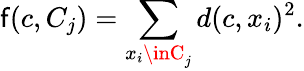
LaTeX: \mathsf{f}(c,C_{j})=\sum_{x_{i}\inC_{j}}d(c,x_{i})^{2}.